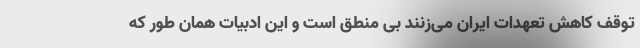
توقف کاهش تعهدات ایران می‌زنند بی منطق است و این ادبیات همان طور که